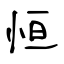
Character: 恒